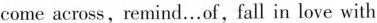
come across , remind…of , fall in love with